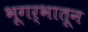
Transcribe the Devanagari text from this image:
भूगर्भातून